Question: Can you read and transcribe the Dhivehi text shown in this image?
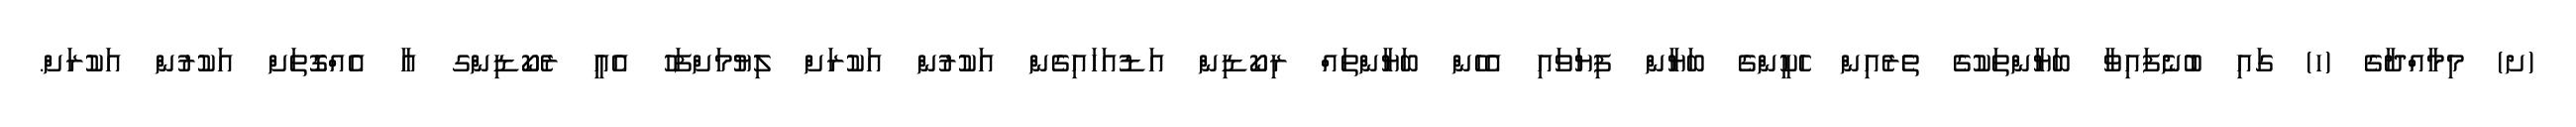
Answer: (ށ) މިމާއްދާގެ (ހ) ގައި ބުނެފައިވާ ބަޔާންތަކުގެ ތެރެއިން ހެކީންގެ ބަޔާން ފިޔަވައި އެހެން ބަޔާންތައް ރިކޯޑިން އަޑުއަހައިގެން އަކުރުން އަކުރަށް ލިޔުމަށްފަހު އެއީ ރެކޯޑިންގ އާ އެއްގޮތަށް އަކުރުން އަކުރަށް.